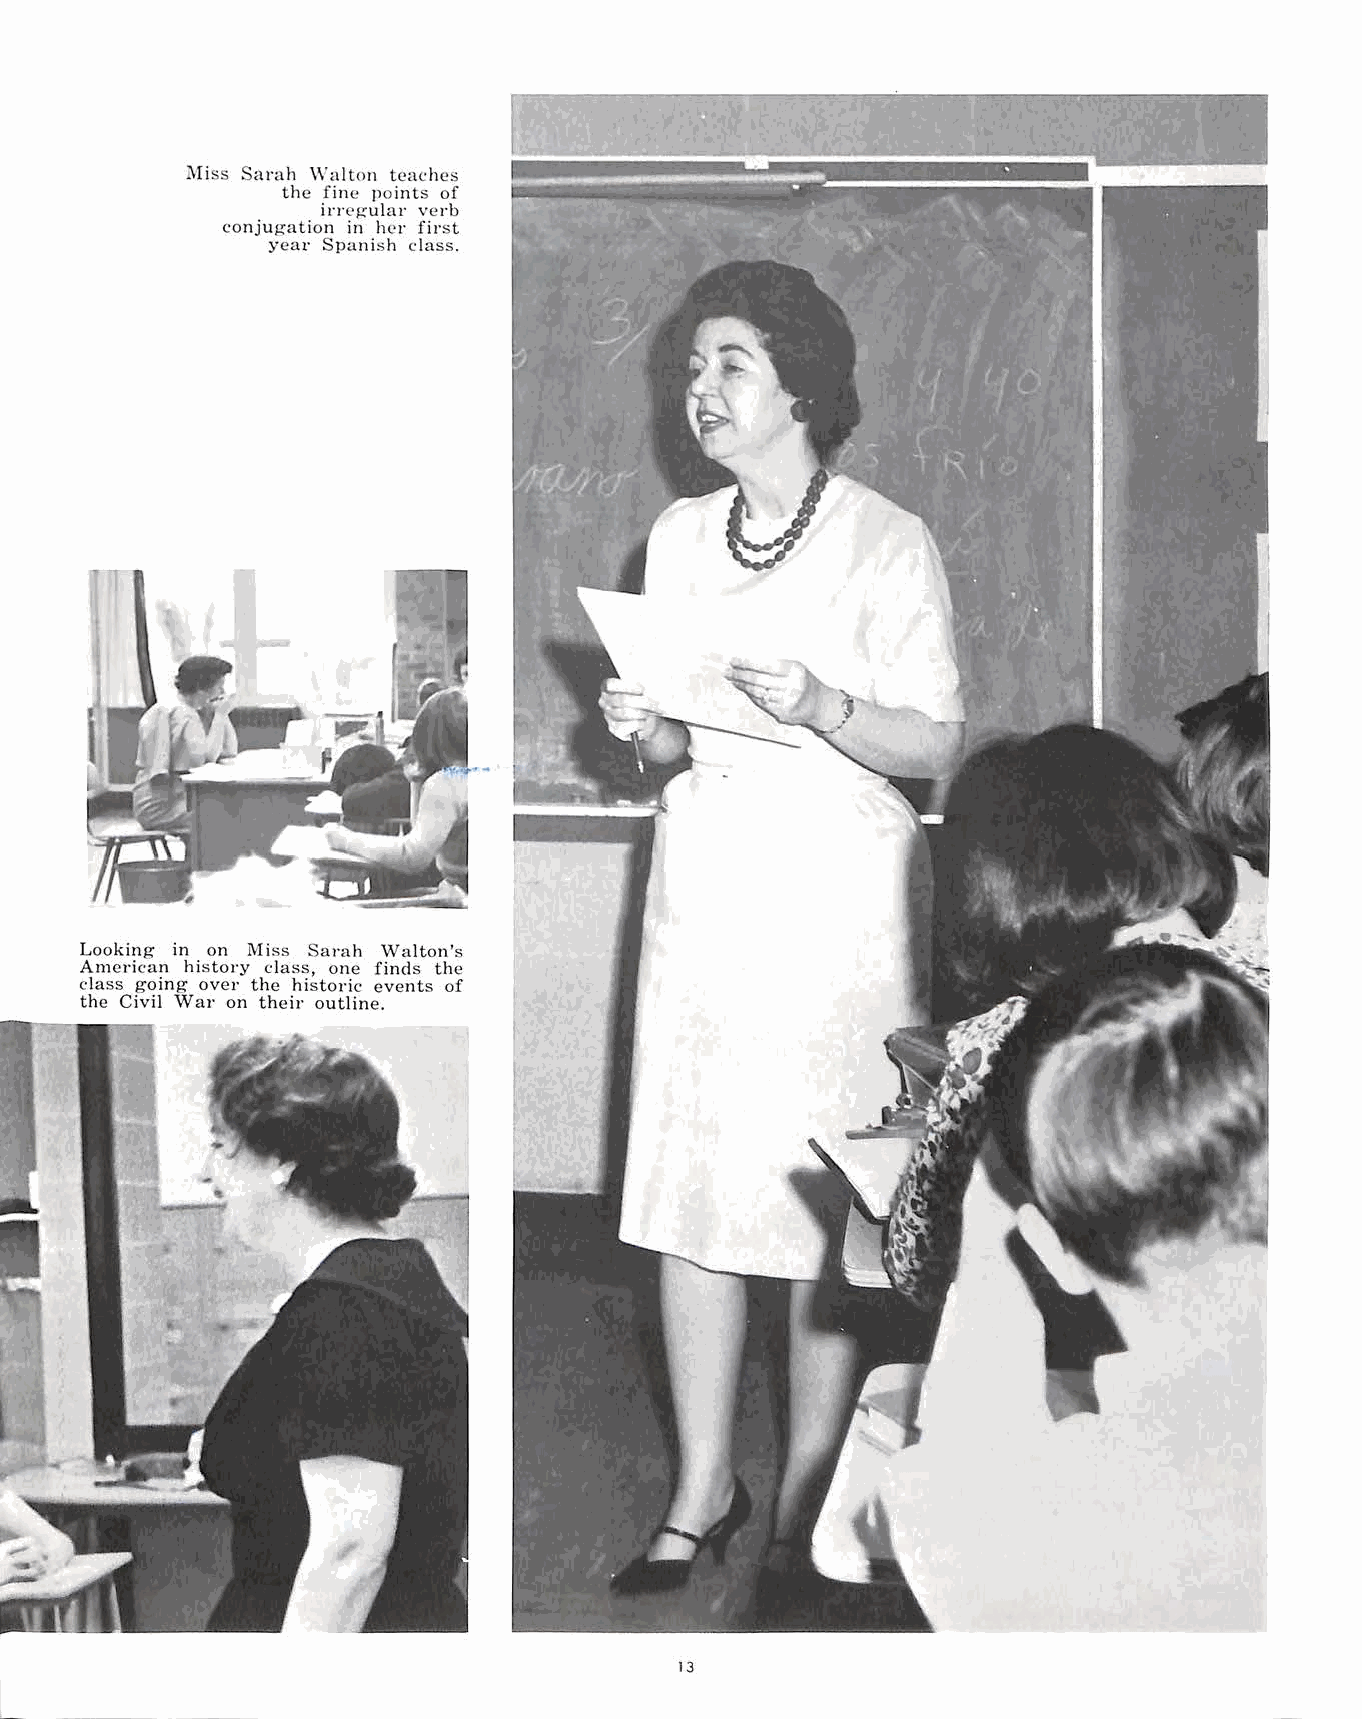
i\Iiss Sarah \\"alton teaches
 the fine points of
 irregular verb
 conjug-ation in her first
 year Spanish class.
 Looking in on Miss Sarah Walton's
 American history class, one finds the
 class going over the historic events of
 the Civil War on their outline.
 13